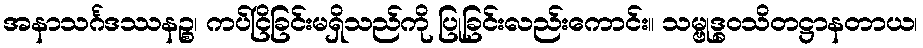
အနာသင်္ဂဒဿနဉ္စ၊ ကပ်ငြိခြင်းမရှိသည်ကို ပြုခြင်းလည်းကောင်း။ သမ္ဗုဒ္ဓဝသိတဋ္ဌာနတာယ၊